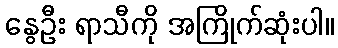
နွေဦး ရာသီကို အကြိုက်ဆုံးပါ။